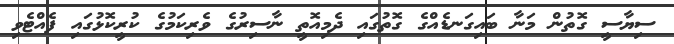
ސިޔާސީ ގޮތުން މަނާ ބައިގަނޑެއްގެ ގޮތުގައި ދެމިއޮތީ ނާސިރުގެ ވެރިކަމުގެ ކުރީކޮޅުގައި ފެއްޓެވި